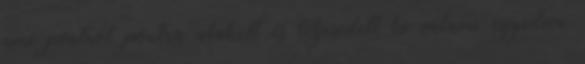
ami pontról pontra alakult és teljesedett ki valami egyedien